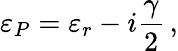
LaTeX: \varepsilon_{P}=\varepsilon_{r}-i\frac{\gamma}{2}\, ,